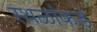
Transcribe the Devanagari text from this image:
स्थळांकडे